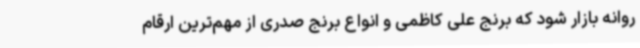
روانه بازار شود که برنج علی کاظمی و انواع برنج صدری از مهم‌ترین ارقام